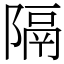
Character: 隔